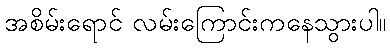
အစိမ်းရောင် လမ်းကြောင်းကနေသွားပါ။